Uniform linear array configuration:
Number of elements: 8
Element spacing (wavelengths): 0.5
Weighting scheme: hann
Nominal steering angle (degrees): -60
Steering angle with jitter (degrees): -59.407
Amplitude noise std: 0.05
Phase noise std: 0.05

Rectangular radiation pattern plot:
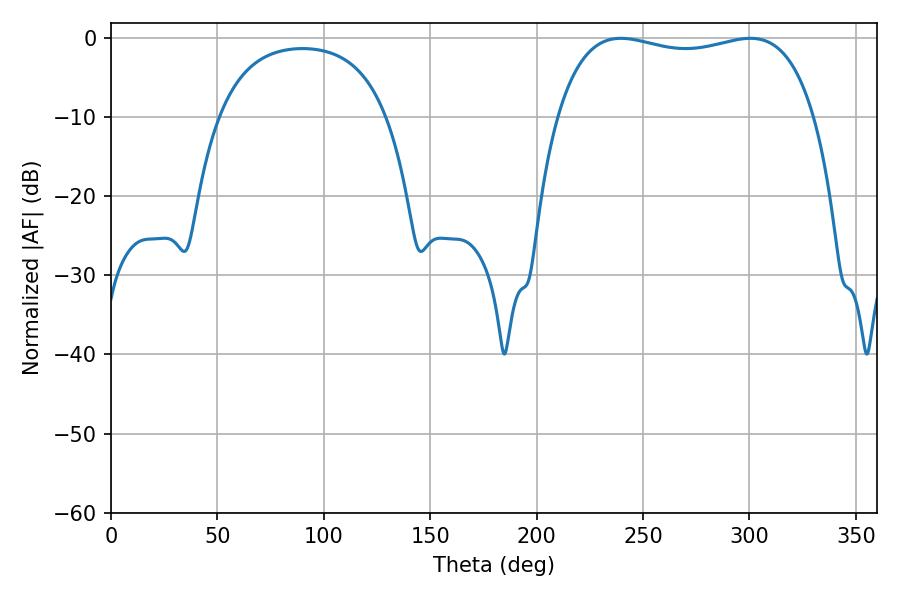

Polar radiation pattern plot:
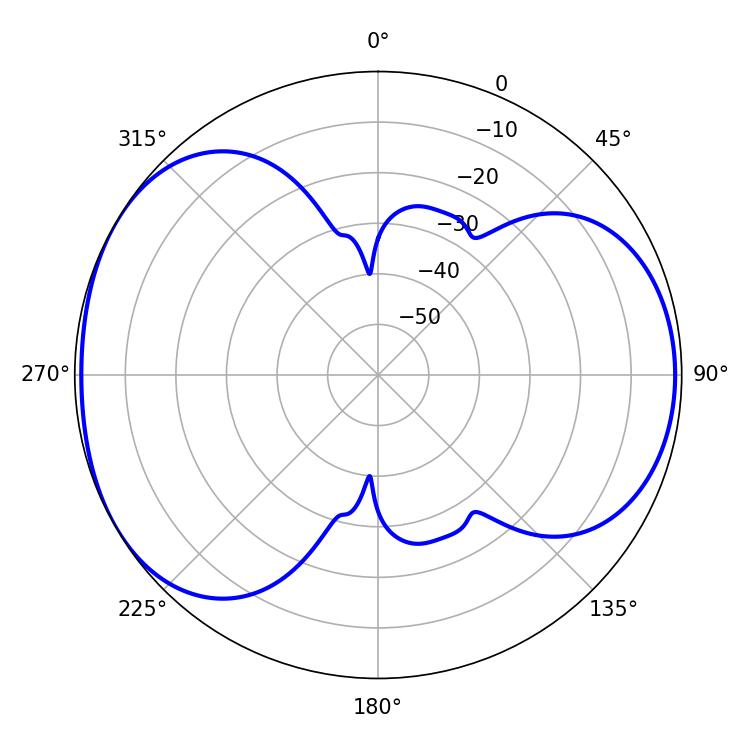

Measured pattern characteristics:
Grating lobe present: FALSE
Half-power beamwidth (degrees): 97.92
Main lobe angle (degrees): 239.58